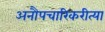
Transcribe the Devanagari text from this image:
अनौपचारिकरीत्या